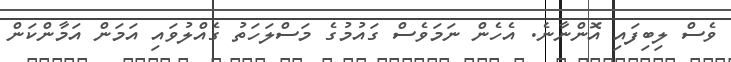
ވެސް ލިބިފައި އޮންނާނެ. އެހެން ނަމަވެސް ގައުމުގެ މަސްލަހަތު ގެއްލުވައި އަމަން އަމާންކަން